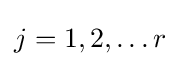
j=1,2,\dots r